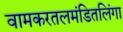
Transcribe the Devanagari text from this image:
वामकरतलमंडितलिंगा